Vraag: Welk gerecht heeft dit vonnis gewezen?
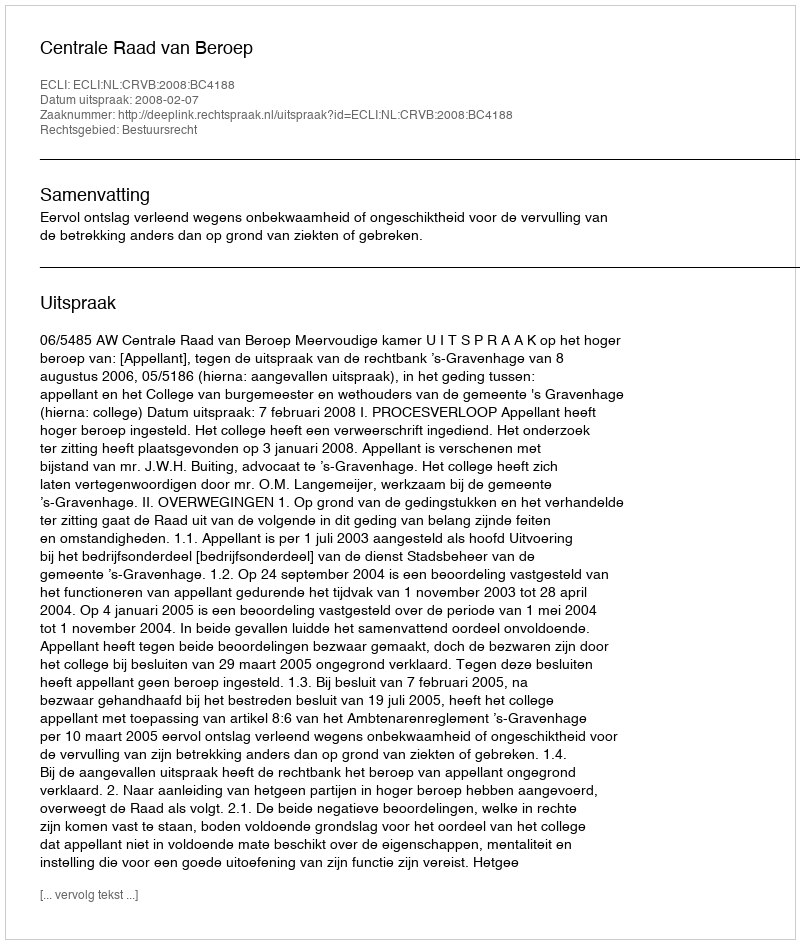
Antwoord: Centrale Raad van Beroep